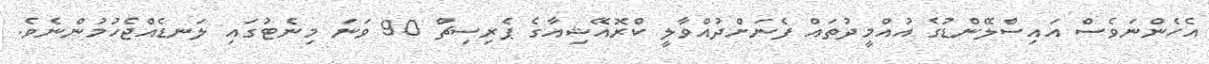
އެހެންނަވެސް އައިސްލޭންޑުގެ އުއްމީދުތައް ފެނަށްދުއްވާލީ ކްރޮއޭޝިއާގެ ޕެރިސިޗް 90 ވަނަ މިނެޓުގައި ލަނޑެއްޖެހުމުންނެވެ.